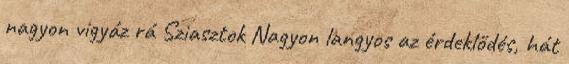
nagyon vigyáz rá Sziasztok Nagyon langyos az érdeklődés, hát